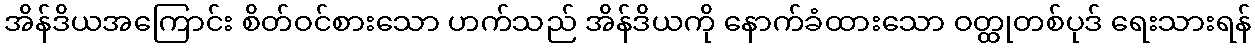
အိန်ဒိယအကြောင်း စိတ်ဝင်စားသော ဟက်သည် အိန်ဒိယကို နောက်ခံထားသော ဝတ္ထုတစ်ပုဒ် ရေးသားရန်